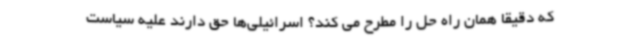
که دقیقا همان راه حل را مطرح می کند؟ اسرائیلی‌ها حق دارند علیه سیاست